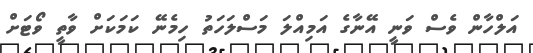
އަލްހާން ވެސް ވަނީ އޭނާގެ އަމިއްލަ މަސްލަހަތު ހިމެނޭ ކަމަކަށް ވާތީ ވޯޓަށް